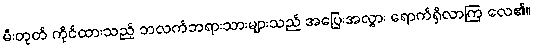
မီးတုတ် ကိုင်ထားသည့် ဘလက်ဘရားသားများသည် အပြေးအလွှား ရောက်ရှိလာကြ လေ၏။